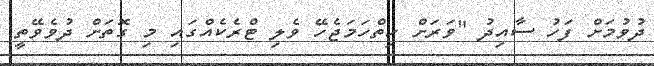
ދުވުމަަށް ފަހު ސާއިދު "ވަރަށް ހިތްހަމަޖެހޭ ވެލި ޓްރެކެއްގައި މި ގޮތަށް ދުވެވޭތީ